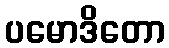
ပမောဒိတော